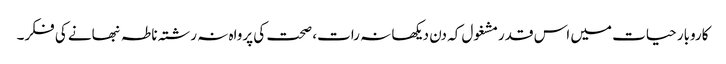
کاروبار حیات میں اس قدرمشغول کہ دن دیکھا نہ رات، صحت کی پرواہ نہ رشتہ ناطہ نبھانے کی فکر۔